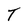
Character: T